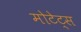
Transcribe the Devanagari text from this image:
मोटेट्स